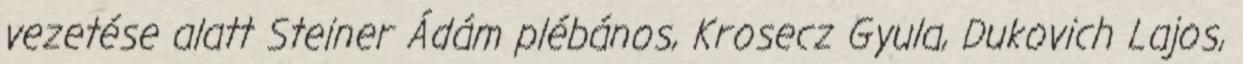
vezetése alatt Steiner Ádám plébános, Krosecz Gyula, Dukovich Lajos,